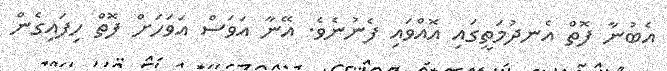
އެބުނާ ފޮތް އެނދުމަތީގައި އޮއްވައި ފެނުނެވެ. އޭނާ އަވަސް އަވަހަށް ފޮތް ހިފައިގެން